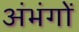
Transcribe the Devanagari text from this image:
अंभंगों